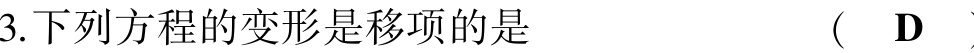
3.下列方程的变形是移项的是  （  D  ）